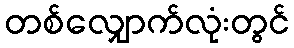
တစ်လျှောက်လုံးတွင်